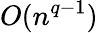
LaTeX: O(n^{q-1})